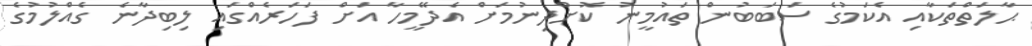
ޙާލަތްތަކާއި އެކަމުގެ ސަބަބުން ތައުމީނު ކޮށްދިނުމަށް އެދޭމީހާ އަށް ފަހަރެއްގައި ލިބިދާނެ ގެއްލުމުގެ